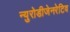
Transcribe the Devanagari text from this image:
न्युरोडीजेनरेटिव